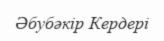
Әбубәкір Кердері